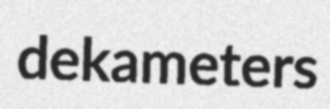
dekameters